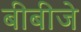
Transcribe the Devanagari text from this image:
बीबीजे